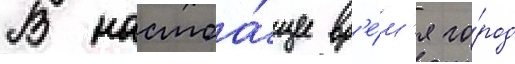
В настоа́щее вр'е́м'я го́род